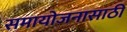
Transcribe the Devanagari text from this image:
समायोजनासाठी